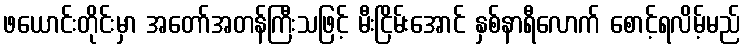
ဖယောင်းတိုင်းမှာ အတော်အတန်ကြီးသဖြင့် မီးငြိမ်းအောင် နှစ်နာရီလောက် စောင့်ရလိမ့်မည်